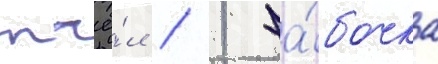
пчё́л / 1 ба́бочка